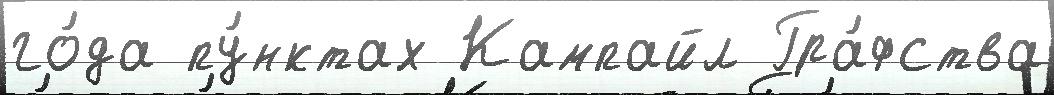
го́да пу́нктах Кампайл Гра́фства